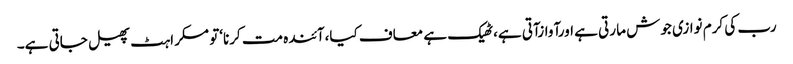
رب کی کرم نوازی جوش ما رتی ہے اورآوازآتی ہے،ٹھیک ہے معاف کیا،آئندہ مت کرنا‘تو مسکراہٹ پھیل جاتی ہے۔